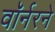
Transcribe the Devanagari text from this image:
वॉर्नरने